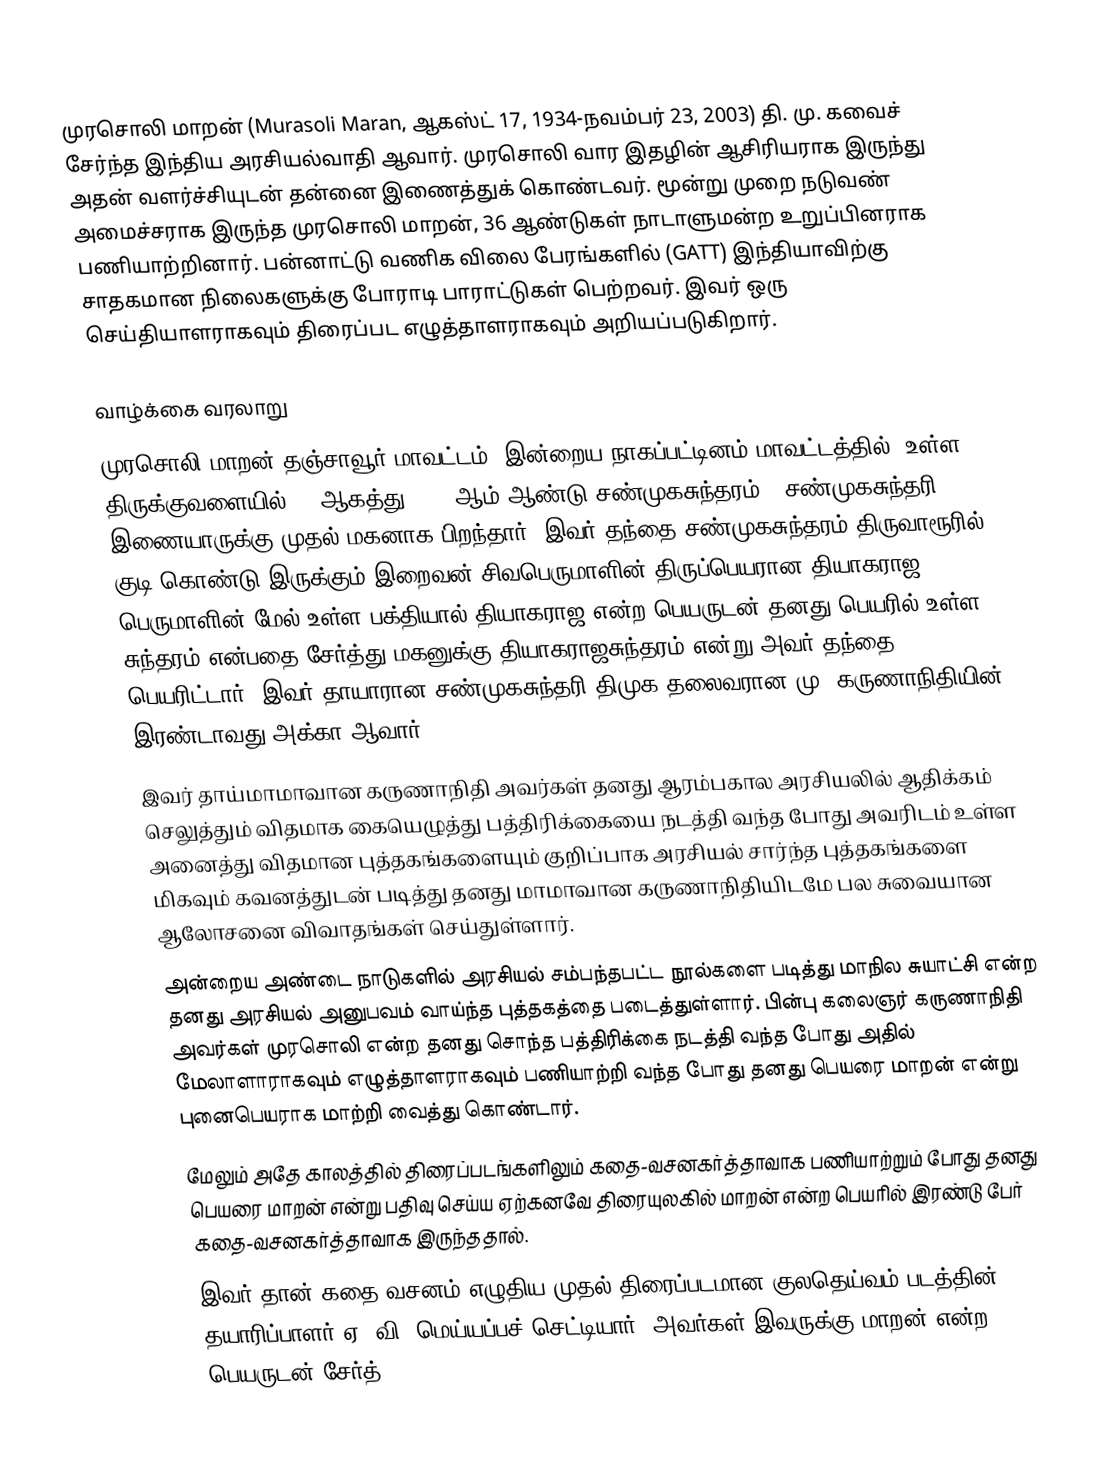
முரசொலி மாறன் (Murasoli Maran, ஆகஸ்ட் 17, 1934-நவம்பர் 23, 2003) தி. மு. கவைச் சேர்ந்த இந்திய அரசியல்வாதி ஆவார். முரசொலி வார இதழின் ஆசிரியராக இருந்து அதன் வளர்ச்சியுடன் தன்னை இணைத்துக் கொண்டவர். மூன்று முறை நடுவண் அமைச்சராக இருந்த முரசொலி மாறன், 36 ஆண்டுகள் நாடாளுமன்ற உறுப்பினராக பணியாற்றினார். பன்னாட்டு வணிக விலை பேரங்களில் (GATT) இந்தியாவிற்கு சாதகமான நிலைகளுக்கு போராடி பாராட்டுகள் பெற்றவர். இவர் ஒரு செய்தியாளராகவும் திரைப்பட எழுத்தாளராகவும் அறியப்படுகிறார்.

வாழ்க்கை வரலாறு
 முரசொலி மாறன் தஞ்சாவூர் மாவட்டம் (இன்றைய நாகப்பட்டினம் மாவட்டத்தில்) உள்ள திருக்குவளையில் 17 ஆகத்து 1934 ஆம் ஆண்டு சண்முகசுந்தரம் - சண்முகசுந்தரி இணையாருக்கு முதல் மகனாக பிறந்தார்.  இவர் தந்தை சண்முகசுந்தரம் திருவாரூரில் குடி கொண்டு இருக்கும் இறைவன் சிவபெருமாளின் திருப்பெயரான தியாகராஜ பெருமாளின் மேல் உள்ள பக்தியால் தியாகராஜ என்ற பெயருடன் தனது பெயரில் உள்ள சுந்தரம் என்பதை சேர்த்து மகனுக்கு தியாகராஜசுந்தரம் என்று அவர் தந்தை பெயரிட்டார். இவர் தாயாரான சண்முகசுந்தரி திமுக தலைவரான மு. கருணாநிதியின் இரண்டாவது அக்கா ஆவார்.
 இவர் தாய்மாமாவான கருணாநிதி அவர்கள் தனது ஆரம்பகால அரசியலில் ஆதிக்கம் செலுத்தும் விதமாக கையெழுத்து பத்திரிக்கையை நடத்தி வந்த போது அவரிடம் உள்ள அனைத்து விதமான புத்தகங்களையும் குறிப்பாக அரசியல் சார்ந்த புத்தகங்களை மிகவும் கவனத்துடன் படித்து தனது மாமாவான கருணாநிதியிடமே பல சுவையான ஆலோசனை விவாதங்கள் செய்துள்ளார்.
 அன்றைய அண்டை நாடுகளில்  அரசியல் சம்பந்தபட்ட நூல்களை படித்து மாநில சுயாட்சி என்ற தனது அரசியல் அனுபவம் வாய்ந்த  புத்தகத்தை படைத்துள்ளார்.  பின்பு கலைஞர் கருணாநிதி அவர்கள் முரசொலி என்ற தனது சொந்த பத்திரிக்கை நடத்தி வந்த போது அதில் மேலாளாராகவும் எழுத்தாளராகவும் பணியாற்றி வந்த போது தனது பெயரை மாறன் என்று புனைபெயராக மாற்றி வைத்து கொண்டார்.
 மேலும் அதே காலத்தில் திரைப்படங்களிலும் கதை-வசனகர்த்தாவாக பணியாற்றும் போது தனது பெயரை மாறன் என்று பதிவு செய்ய ஏற்கனவே திரையுலகில் மாறன் என்ற பெயரில் இரண்டு பேர் கதை-வசனகர்த்தாவாக இருந்ததால்.
 இவர் தான் கதை-வசனம் எழுதிய முதல் திரைப்படமான குலதெய்வம் படத்தின் தயாரிப்பாளர் ஏ. வி. மெய்யப்பச் செட்டியார். அவர்கள் இவருக்கு மாறன் என்ற பெயருடன் சேர்த்